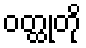
ဝတ္ထုတို